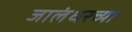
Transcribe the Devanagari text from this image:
जालंधरच्या